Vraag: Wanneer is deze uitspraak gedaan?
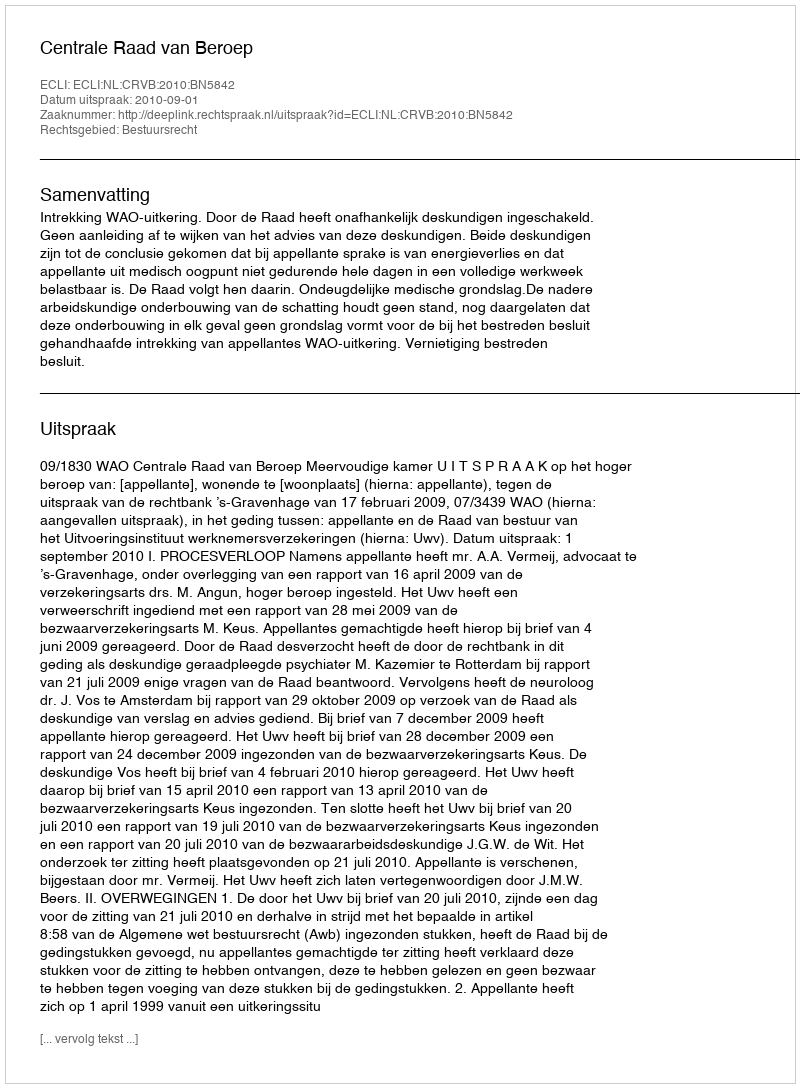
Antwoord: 2010-09-01